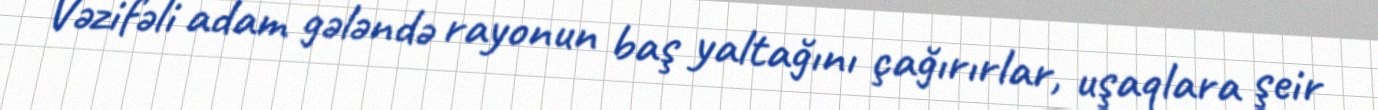
Vəzifəli adam gələndə rayonun baş yaltağını çağırırlar, uşaqlara şeir